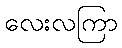
လေးလကြာ